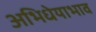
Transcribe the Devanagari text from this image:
अभिधेयाभाव